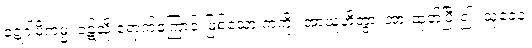
ဝဋ္ဋဂါမိကမ္မံ၊ ဝဋ်သို့ ရောက်ကြောင်းဖြစ်သော ကံကို။ အာယူဟိတွာ၊ အားထုတ်ပြီး၍။ သုခေန၊